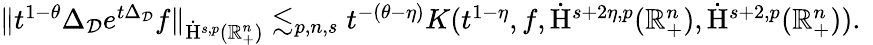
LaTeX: \begin{array}{r}{\lVert t^{1-\theta}\Delta_{\mathcal{D}}e^{t\Delta_{\mathcal{D}}}f\rVert_{\dot{\mathrm{H}}^{s,p}(\mathbb{R}_{+}^{n})}\lesssim_{p,n,s}t^{-(\theta-\eta)}K(t^{1-\eta},f,\dot{\mathrm{H}}^{s+2\eta,p}(\mathbb{R}_{+}^{n}),\dot{\mathrm{H}}^{s+2,p}(\mathbb{R}_{+}^{n}))\mathrm{.~}}\end{array}